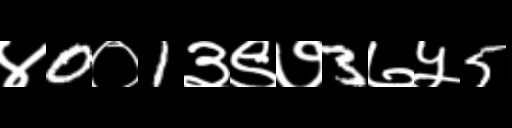
Text: ४0०1३९७3७५5